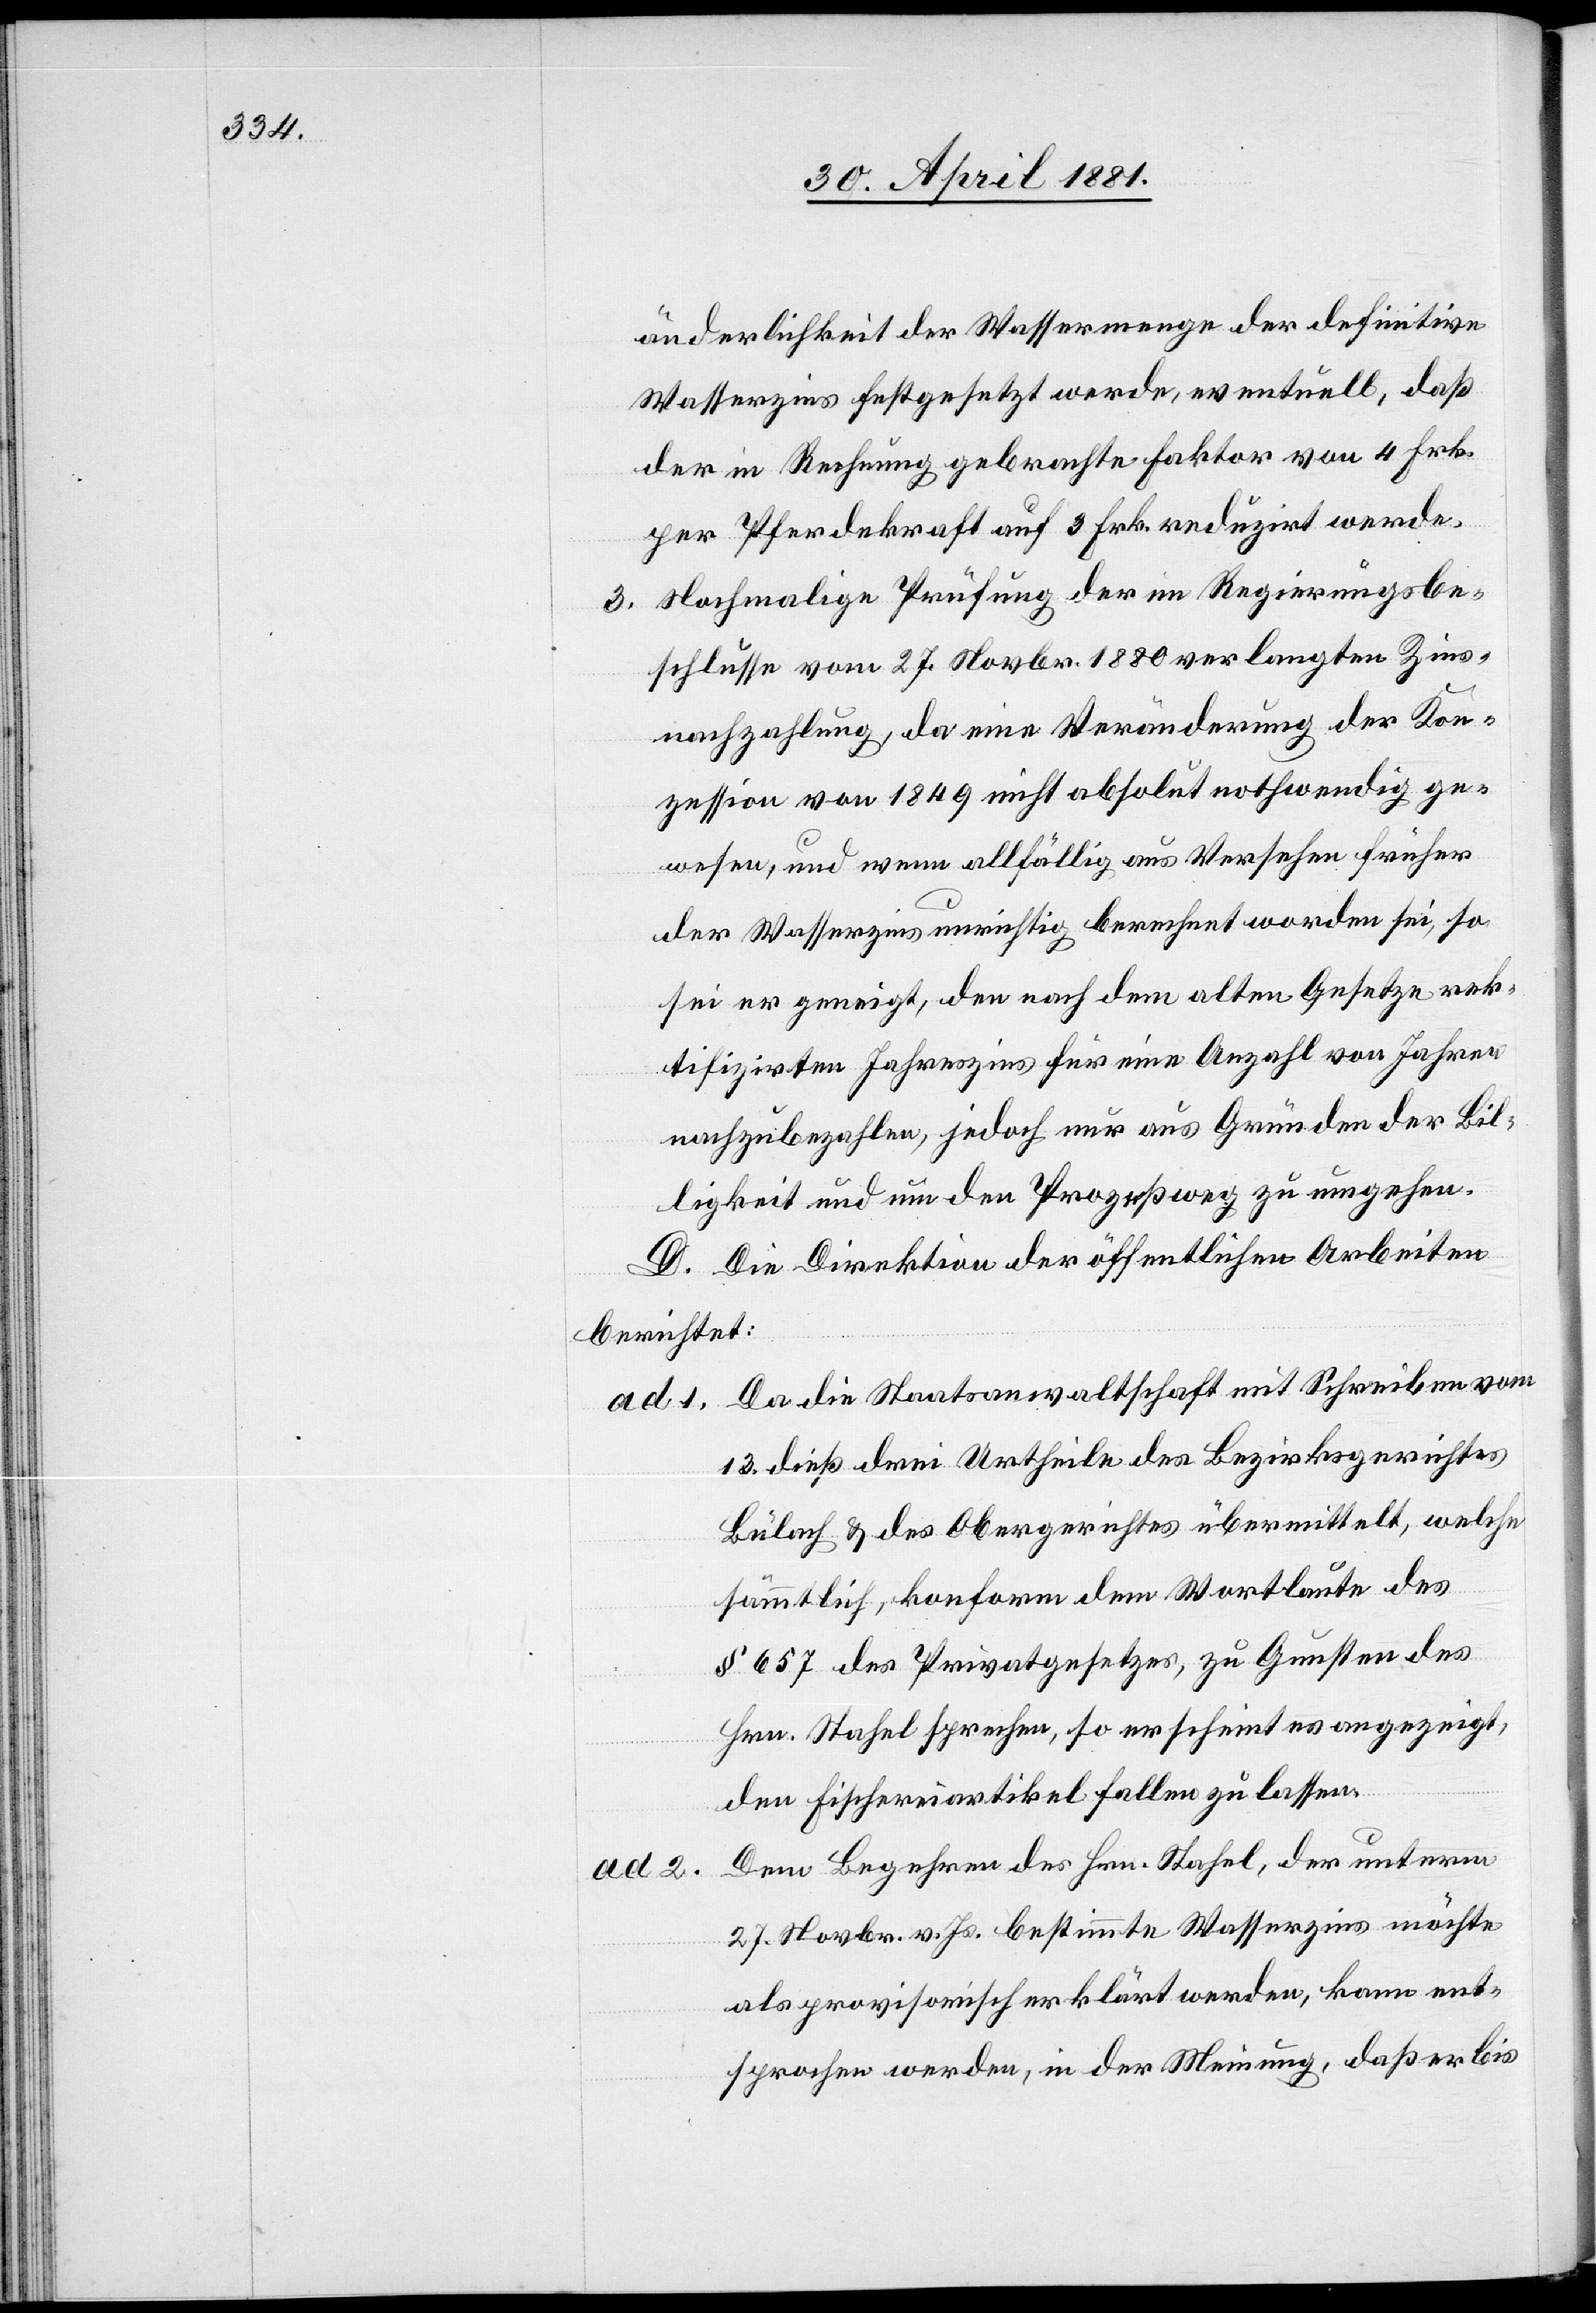
änderlichkeit der Wassermenge der definitive
Wasserzins festgesetzt werde, eventuell, daß
der in Rechnung gebrachte Faktor von 4. Frk.
per Pferdekraft auf 3. Frk. reduzirt werde.
3. Nochmalige Prüfung der im Regierungsbe¬
schlusse vom 27. Novbr. 1880 verlangten Zins¬
nachzahlung, da eine Veränderung der Kon¬
zession von 1849 nicht absolut nothwendig ge¬
wesen, und wenn allfällig aus Versehen früher
der Wasserzins unrichtig berechnet worden sei, so
sei er geneigt, den nach dem alten Gesetze rek¬
tifizirten Jahreszins für eine Anzahl von Jahren
nachzubezahlen, jedoch nur aus Gründen der Bil¬
ligkeit und um den Prozeßweg zu umgehen.
D. Die Direktion der öffentlichen Arbeiten
berichtet:
ad 1. Da die Staatsanwaltschaft mit Schreiben vom
13. dieß drei Urtheile des Bezirksgerichtes
Bülach & des Obergerichtes übermittelt, welche
sämmtlich, konform dem Wortlaute des
§ 657 des Privatgesetzes, zu Gunsten des
Hrn. Stahel sprechen, so erscheint es angezeigt,
den Fischereiartikel fallen zu lassen.
Dem Begehren des Hrn. Stahel, der unterm
27. Novbr. v. Js. bestimmte Wasserzins möchte
als provisorisch erklärt werden kann ent¬
sprochen werden, in der Meinung, daß er bis